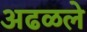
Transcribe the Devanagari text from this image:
अढळले